Vaccination North-Western Provinces 1866-1877 - 1866-1877
Year: 1866
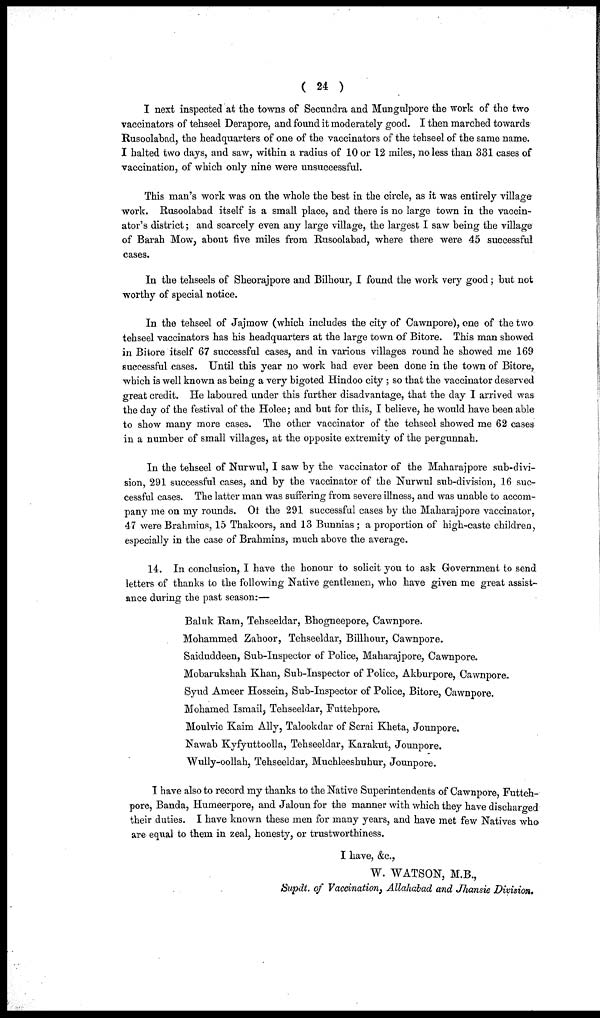
( 24 )
I next inspected at the towns of Secundra and Mungulpore the work of the two
vaccinators of tehseel Derapore, and found it moderately good. I then marched towards
Rusoolabad, the headquarters of one of the vaccinators of the tehseel of the same name.
I halted two days, and saw, within a radius of 10 or 12 miles, no less than 331 cases of
vaccination, of which only nine were unsuccessful.
This man's work was on the whole the best in the circle, as it was entirely village
work. Rusoolabad itself is a small place, and there is no large town in the vaccin¬
ator's district; and scarcely even any large village, the largest I saw being the village
of Barah Mow, about five miles from Rusoolabad, where there were 45 successful
cases.
In the tehseels of Sheorajpore and Bilhour, I found the work very good; but not
worthy of special notice.
In the tehseel of Jajmow (which includes the city of Cawnpore), one of the two
tehseel vaccinators has his headquarters at the large town of Bitore. This man showed
in Bitore itself 67 successful cases, and in various villages round he showed me 169
successful cases. Until this year no work had ever been done in the town of Bitore,
which is well known as being a very bigoted Hindoo city ; so that the vaccinator deserved
great credit. He laboured under this further disadvantage, that the day I arrived was
the day of the festival of the Holee; and but for this, I believe, he would have been able
to show many more cases. The other vaccinator of the tehseel showed me 62 cases
in a number of small villages, at the opposite extremity of the pergunnah.
In the tehseel of Nurwul, I saw by the vaccinator of the Maharajpore sub-divi-
sion, 291 successful cases, and by the vaccinator of the Nurwul sub-division, 16 suc-
cessful cases. The latter man was suffering from severe illness, and was unable to accom-
pany me on my rounds. Of the 291 successful cases by the Maharajpore vaccinator,
47 were Brahmins, 15 Thakoors, and 13 Bunnias; a proportion of high-caste children,
especially in the case of Brahmins, much above the average.
14. In conclusion, I have the honour to solicit you to ask Government to send
letters of thanks to the following Native gentlemen, who have given me great assist-
ance during the past season:—
Baluk Ram, Tehseeldar, Bhogneepore, Cawnpore.
Mohammed Zahoor, Tehseeldar, Billhour, Cawnpore.
Saiduddeen, Sub-Inspector of Police, Maharajpore, Cawnpore.
Mobarukshah Khan, Sub-Inspector of Police, Akburpore, Cawnpore.
Syud Ameer Hossein, Sub-Inspector of Police, Bitore, Cawnpore.
Mohamed Ismail, Tehseeldar, Futtehpore.
Moulvie Kaim Ally, Talookdar of Serai Kheta, Jounpore.
Nawab Kyfyuttoolla, Tehseeldar, Karakut, Jounpore.
Wully-oollah, Tehseeldar, Muchleeshuhur, Jounpore.
I have also to record my thanks to the Native Superintendents of Cawnpore, Futteh¬
pore, Banda, Humeerpore, and Jaloun for the manner with which they have discharged
their duties. I have known these men for many years, and have met few Natives who
are equal to them in zeal, honesty, or trustworthiness.
I have, &c.,
W. WATSON, M.B.,
Supdt. of Vaccination, Allahabad and Jhansie Division.